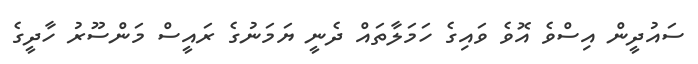
ސައުދީން އިސްވެ އޮވެ ވައިގެ ހަމަލާތައް ދެނީ ޔަމަނުގެ ރައީސް މަންސޫރު ހާދީގެ